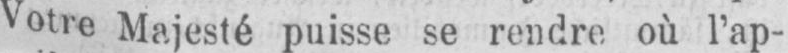
Votre Majesté puisse se rendre où l’ap-